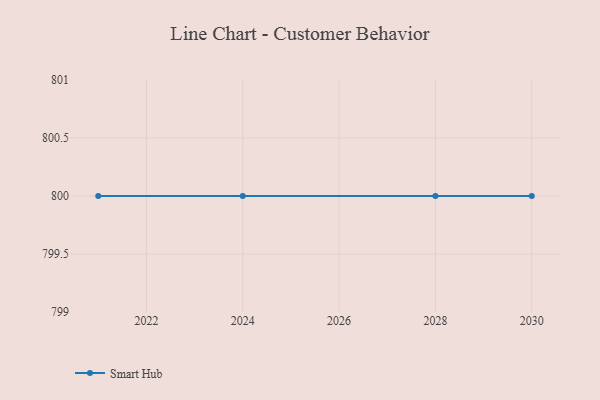
{"axis": {"x": "Year", "y": "Production Output"}, "legend": ["Smart Hub"], "data": [{"x": "2021", "y": 800, "type": "Smart Hub"}, {"x": "2030", "y": 800, "type": "Smart Hub"}, {"x": "2028", "y": 800, "type": "Smart Hub"}, {"x": "2024", "y": 800, "type": "Smart Hub"}]}